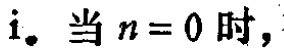
i. 当 \(n = 0\) 时，